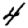
Digit: 4